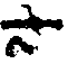
సా